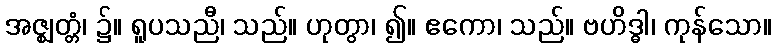
အဇ္ဈတ္တံ၊ ၌။ ရူပသညီ၊ သည်။ ဟုတွာ၊ ၍။ ဧကော၊ သည်။ ဗဟိဒ္ဓါ၊ ကုန်သော။